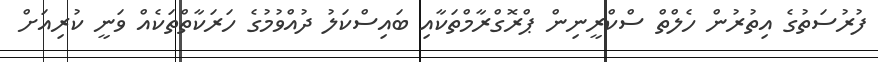
ފުރުސަތުގެ އިތުރުން ހެލްތް ސްކްރީނިން ޕްރޮގްރާމްތަކާއި ބައިސްކަލު ދުއްވުމުގެ ހަރަކާތްތަކެއް ވަނީ ކުރިއަށް